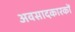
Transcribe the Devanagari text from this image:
अवसादकारकों